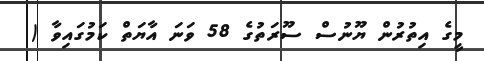
މީގެ އިތުރުން ޔޫނުސް ސޫރަތުގެ 58 ވަނަ އާޔަތް ކަމުގައިވާ (